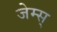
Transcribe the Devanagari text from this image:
जेम्स्